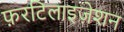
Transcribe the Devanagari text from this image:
फ़रटिलाइज़ेशन